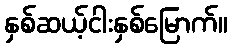
နှစ်ဆယ့်ငါးနှစ်မြောက်။